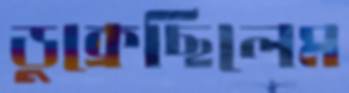
ডুক্‌রেছিলেম